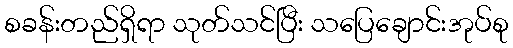
စခန်းတည်ရှိရာ သုတ်သင်ပြီး သပြေချောင်းအုပ်စု